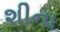
શીના